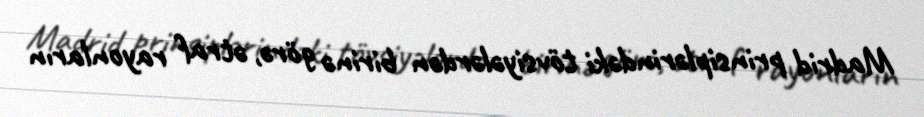
Madrid prinsiplərindəki tövsiyələrdən birinə görə, ətraf rayonların